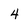
Character: 4